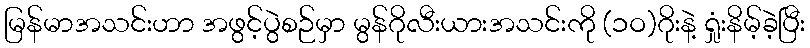
မြန်မာအသင်းဟာ အဖွင့်ပွဲစဉ်မှာ မွန်ဂိုလီးယားအသင်းကို (၁ဝ)ဂိုးနဲ့ ရှုံးနိမ့်ခဲ့ပြီး